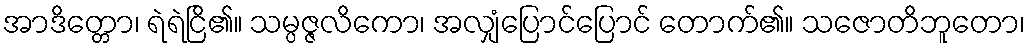
အာဒိတ္တော၊ ရဲရဲငြိ၏။ သမ္ပဇ္ဇလိကော၊ အလျှံပြောင်ပြောင် တောက်၏။ သဇောတိဘူတော၊